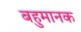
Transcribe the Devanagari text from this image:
बहुमानक